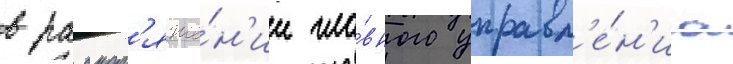
в распор'яже́н'ии гла́вного управл'е́н'иа